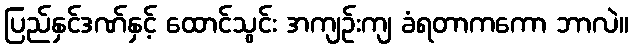
ပြည်နှင်ဒဏ်နှင့် ထောင်သွင်း အကျဉ်းကျ ခံရတာကကော ဘာလဲ။